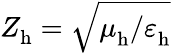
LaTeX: Z_{\mathrm{h}}^{}=\sqrt{\mu_{\mathrm{h}}^{}/\varepsilon_{\mathrm{h}}^{}}